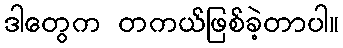
ဒါတွေက တကယ်ဖြစ်ခဲ့တာပါ။